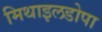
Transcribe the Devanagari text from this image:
मिथाइलडोपा